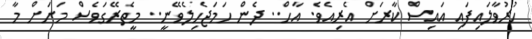
ހުރުވާލައިފައި އައިސް ކާރަށް އެރިއެވެ. އާހް.. ދެން ހަމަޖެހިލެވޭނީ.. މީތެރޭގަވެސް މަށަށް މާ